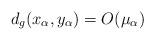
LaTeX: \begin{align*} d_g(x_\alpha,y_\alpha)=O(\mu_\alpha)\end{align*}